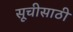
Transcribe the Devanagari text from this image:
सूचीसाठी